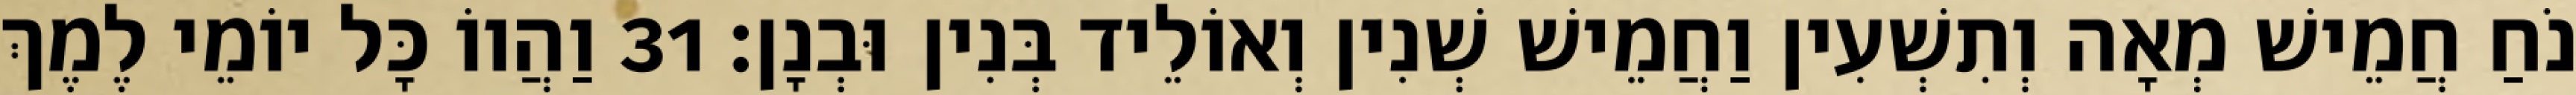
נֹחַ חֲמֵישׁ מְאָה וְתִשְׁעִין וַחֲמֵישׁ שְׁנִין וְאוֹלֵיד בְּנִין וּבְנָן׃ 31 וַהֲווֹ כָּל יוֹמֵי לֶמֶךְ